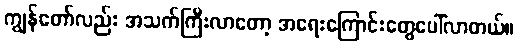
ကျွန်တော်လည်း အသက်ကြီးလာတော့ အရေးကြောင်းတွေပေါ်လာတယ်။